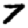
Digit: 7